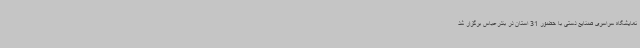
نمایشگاه سراسری صنایع دستی با حضور 31 استان در بندرعباس برگزار شد